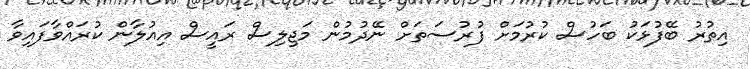
އިތުރު ބޭފުޅަކު ބަހުސް ކުރުމަށް ފުރުސަތަށް ނޭދުމުން މަޖިލިސް ރައީސް އިއުލާން ކުރައްވާފައިވާ